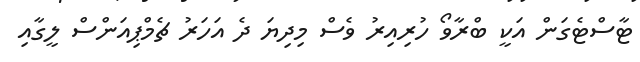
ޓާސްޓެގަން އަކީ ބްރާވޯ ހުރިއިރު ވެސް މިދިޔަ ދެ އަހަރު ޗެމްޕިއަންސް ލީގާއި